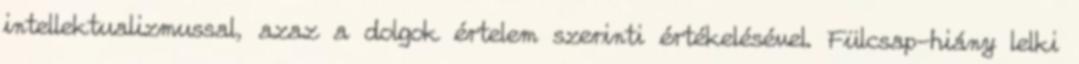
intellektualizmussal, azaz a dolgok értelem szerinti értékelésével. Fülcsap-hiány lelki